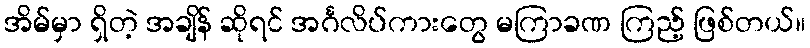
အိမ်မှာ ရှိတဲ့ အချိန် ဆိုရင် အင်္ဂလိပ်ကားတွေ မကြာခဏ ကြည့် ဖြစ်တယ်။